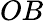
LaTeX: OB